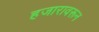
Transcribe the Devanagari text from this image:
हजारावरून